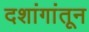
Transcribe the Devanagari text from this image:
दशांगांतून